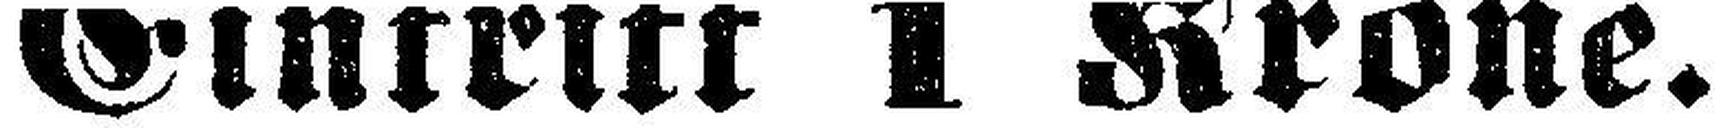
Eintritt 1 Krone.